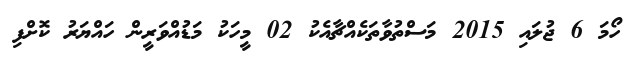
ހޯމަ 6 ޖުލައި 2015 މަސްތުވާތަކެއްޗާއެކު 02 މީހަކު މަޑުއްވަރީން ހައްޔަރު ކޮށްފި